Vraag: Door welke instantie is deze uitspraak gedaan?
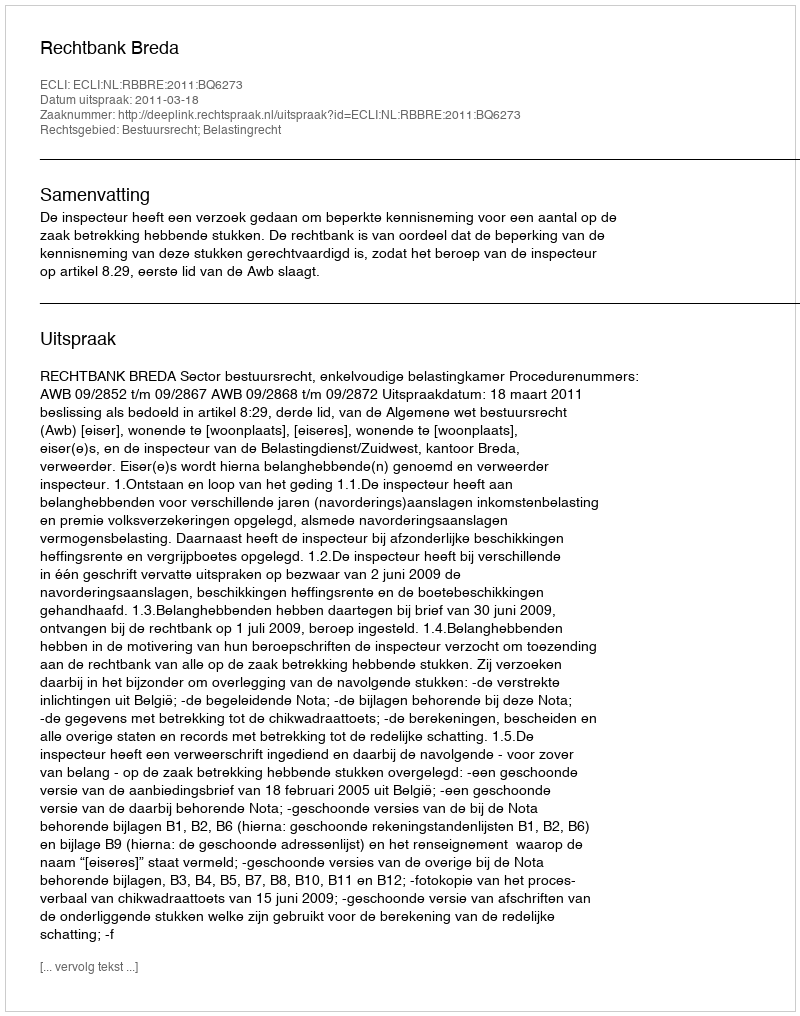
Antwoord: Rechtbank Breda